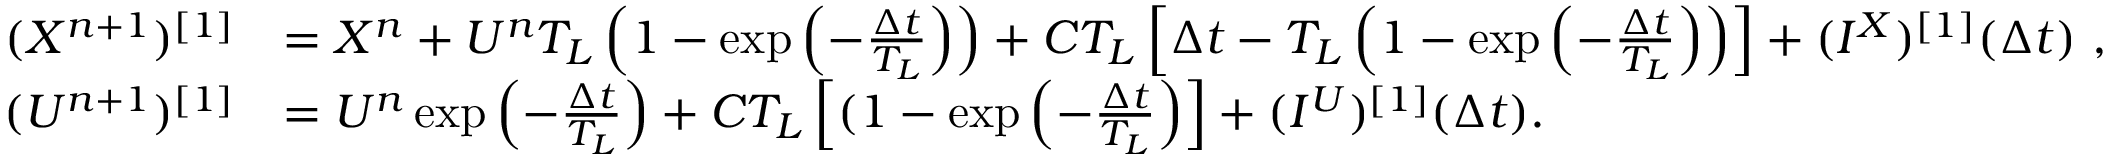
\begin{array} { r l } { ( X ^ { n + 1 } ) ^ { [ 1 ] } } & { = X ^ { n } + U ^ { n } T _ { L } \left( 1 - \exp \left( - \frac { \Delta t } { T _ { L } } \right) \right) + C T _ { L } \left[ \Delta t - T _ { L } \left( 1 - \exp \left( - \frac { \Delta t } { T _ { L } } \right) \right) \right] + ( I ^ { X } ) ^ { [ 1 ] } ( \Delta t ) ~ , } \\ { ( U ^ { n + 1 } ) ^ { [ 1 ] } } & { = U ^ { n } \exp \left( - \frac { \Delta t } { T _ { L } } \right) + C T _ { L } \left[ ( 1 - \exp \left( - \frac { \Delta t } { T _ { L } } \right) \right] + ( I ^ { U } ) ^ { [ 1 ] } ( \Delta t ) . } \end{array}